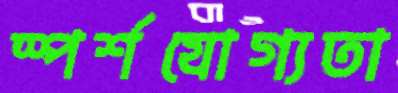
স্পর্শযোগ্যতা